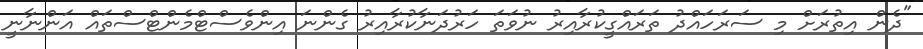
"ދެން އިތުރަށް މި ސަރަހައްދު ތަރައްގީކުރާއިރު ނުވަތަ ހަރުދަނާކުރާއިރު ގެންނަ އިންވެސްޓްމެންޓްސްތައް އަންނާނީ